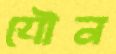
যৌন